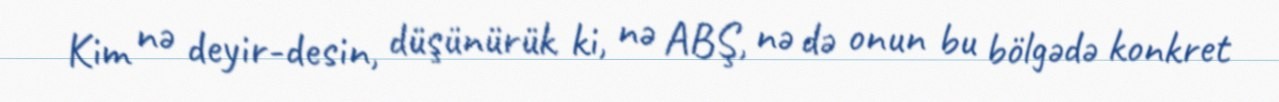
Kim nə deyir-desin, düşünürük ki, nə ABŞ, nə də onun bu bölgədə konkret